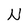
Character: N